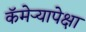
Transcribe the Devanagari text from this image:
कॅमेर्‍यापेक्षा